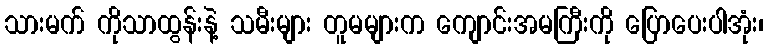
သားမက် ကိုသာထွန်းနဲ့ သမီးများ တူမများက ကျောင်းအမကြီးကို ပြောပေးပါအုံး၊